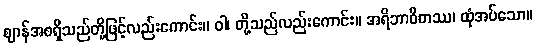
ဈာန်အစရှိသည်တို့ဖြင့်လည်းကောင်း။ ဝါ၊ တို့သည်လည်းကောင်း။ အရိဘာဝိတဿ၊ ထုံအပ်သော။